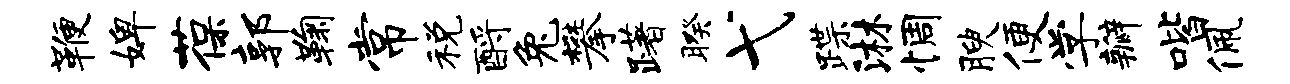
鞭婢葆郭鞠常税酹兔攀躇暌弋蹀淋惆腴便学瓣喈佩